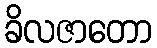
ခိလဇာတော